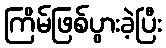
ကြိမ်ဖြစ်ပွားခဲ့ပြီး